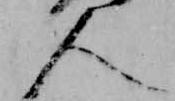
人